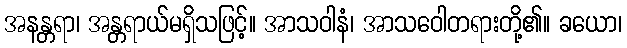
အနန္တရာ၊ အန္တရာယ်မရှိသဖြင့်။ အာသဝါနံ၊ အာသဝေါတရားတို့၏။ ခယော၊